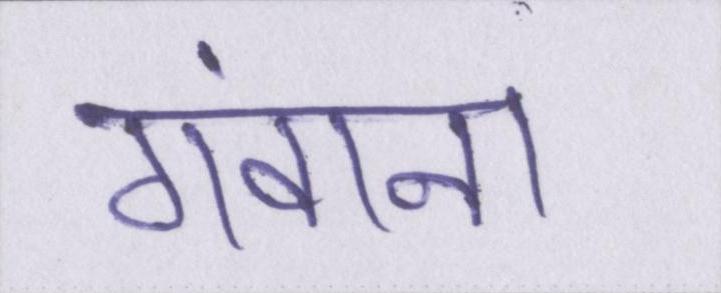
गंवाना